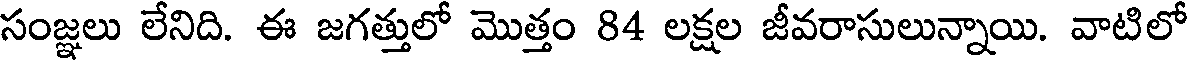
సంజ్ఞలు లేనిది. ఈ జగత్తులో మొత్తం 84 లక్షల జీవరాసులున్నాయి. వాటిలో